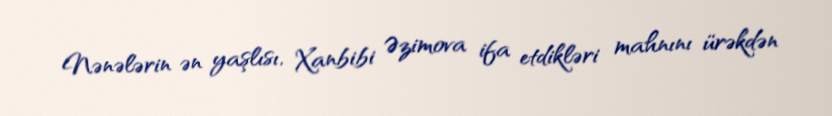
Nənələrin ən yaşlısı, Xanbibi Əzimova ifa etdikləri mahnını ürəkdən